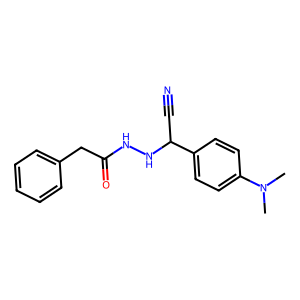
SMILES: CN(C)c1ccc(C(C#N)NNC(=O)Cc2ccccc2)cc1
Inhibits HIV replication: No